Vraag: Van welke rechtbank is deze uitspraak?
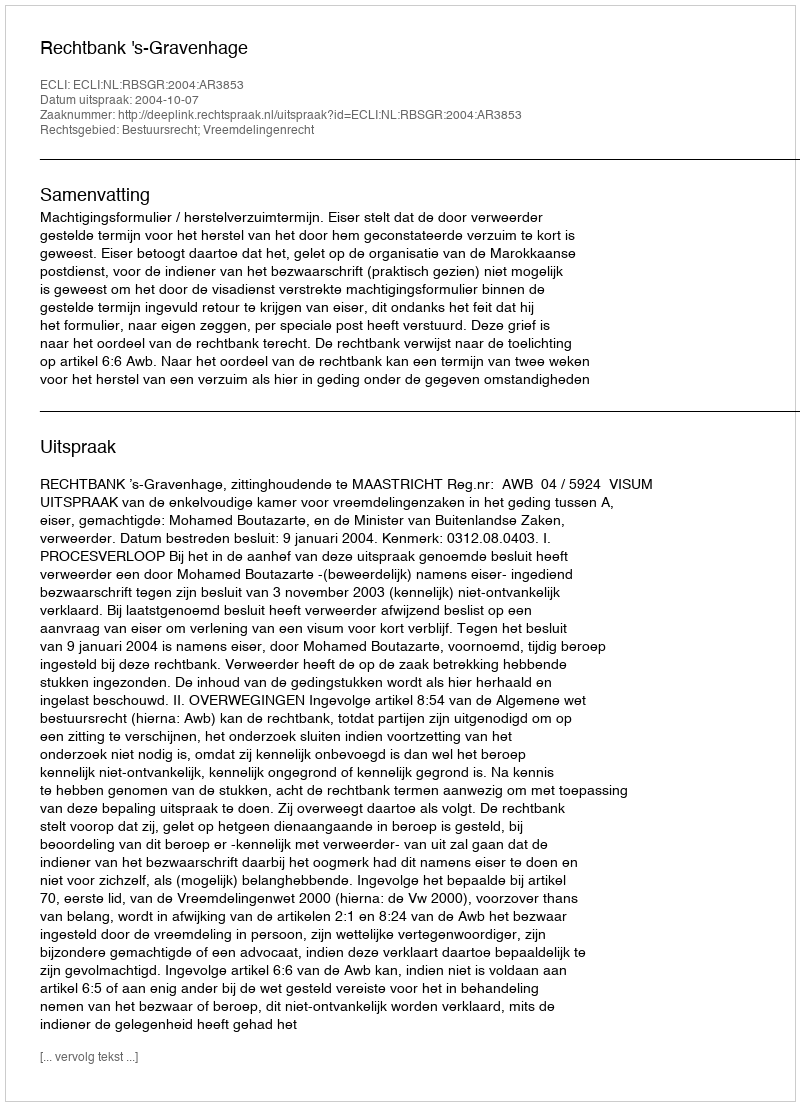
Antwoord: Rechtbank 's-Gravenhage